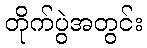
တိုက်ပွဲအတွင်း